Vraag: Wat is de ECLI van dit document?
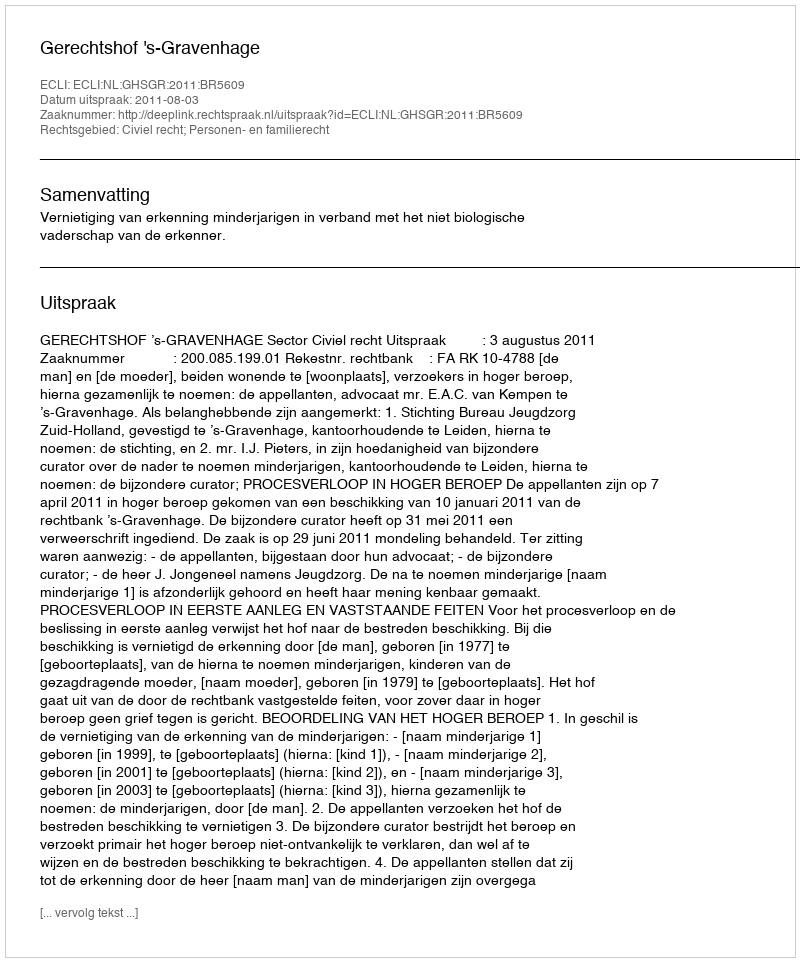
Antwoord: ECLI:NL:GHSGR:2011:BR5609